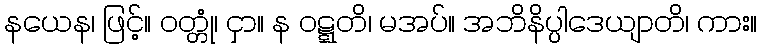
နယေန၊ ဖြင့်။ ဝတ္တုံ၊ ငှာ။ န ဝဋ္ဋတိ၊ မအပ်။ အဘိနိပ္ပါဒေယျာတိ၊ ကား။